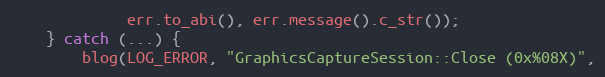
Language: C++
		     err.to_abi(), err.message().c_str());
	} catch (...) {
		blog(LOG_ERROR, "GraphicsCaptureSession::Close (0x%08X)",